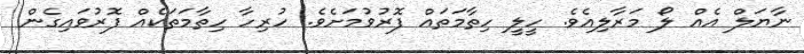
ނާޔަލް އެއް ލޯ މަރާލިއެވެ. ހީލީ ހިތާމަތައް ފޮރުވުމަށެވެ. ހުރިހާ ހިތާމަތަކެއް ފޮރުވައިގެން